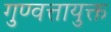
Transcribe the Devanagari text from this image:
गुण्वत्तायुक्त